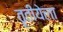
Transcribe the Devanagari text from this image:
तॄतीयेला